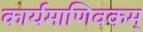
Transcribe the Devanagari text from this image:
कार्यमाणिवकम्